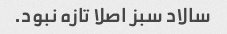
سالاد سبز اصلا تازه نبود.